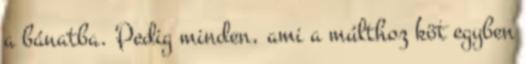
a bánatba. Pedig minden, ami a múlthoz köt egyben